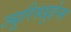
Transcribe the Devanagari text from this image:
ज्यूरिसप्रुडेन्स